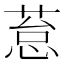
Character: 𰱥